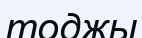
тоджы